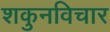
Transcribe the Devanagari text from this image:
शकुनविचार